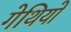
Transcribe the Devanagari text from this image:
गेथियो